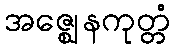
အဇ္ဈေနကုတ္တံ